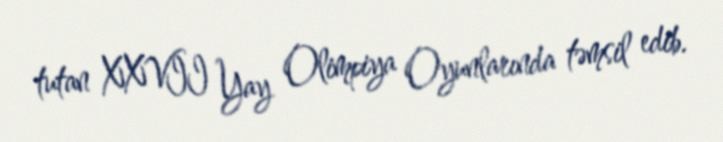
tutan XXVII Yay Olimpiya Oyunlarında təmsil edib.